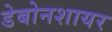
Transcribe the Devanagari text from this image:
डेबोनशायर